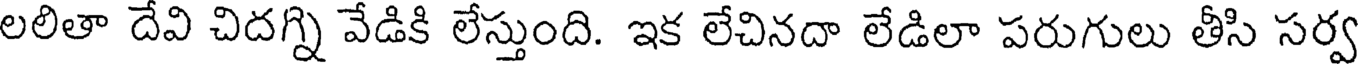
లలితా దేవి చిదగ్ని వేడికి లేస్తుంది. ఇక లేచినదా లేడిలా పరుగులు తీసి సర్వ